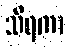
သိရကာ